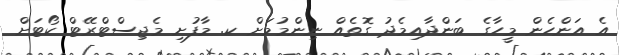
އެ އަންހެން މީހާގެ ބަންދާއިމެދު ގޮތެއް ނިންމުމަށް ކ. މާފުށި މެޖިސްޓްރޭޓް ކޯޓަށް